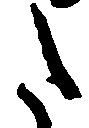
た